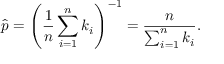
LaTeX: { \widehat { p } } = \left( { \frac { 1 } { n } } \sum _ { i = 1 } ^ { n } k _ { i } \right) ^ { - 1 } = { \frac { n } { \sum _ { i = 1 } ^ { n } k _ { i } } } .